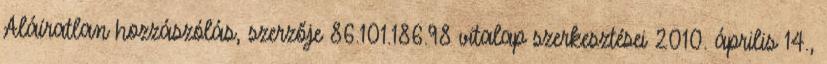
Aláíratlan hozzászólás, szerzője 86.101.186.98 vitalap szerkesztései 2010. április 14.,